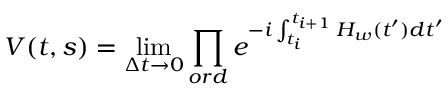
V ( t , s ) = \operatorname * { l i m } _ { \Delta t \rightarrow 0 } \prod _ { o r d } e ^ { - i \int _ { t _ { i } } ^ { t _ { i + 1 } } H _ { w } ( t ^ { \prime } ) d t ^ { \prime } }